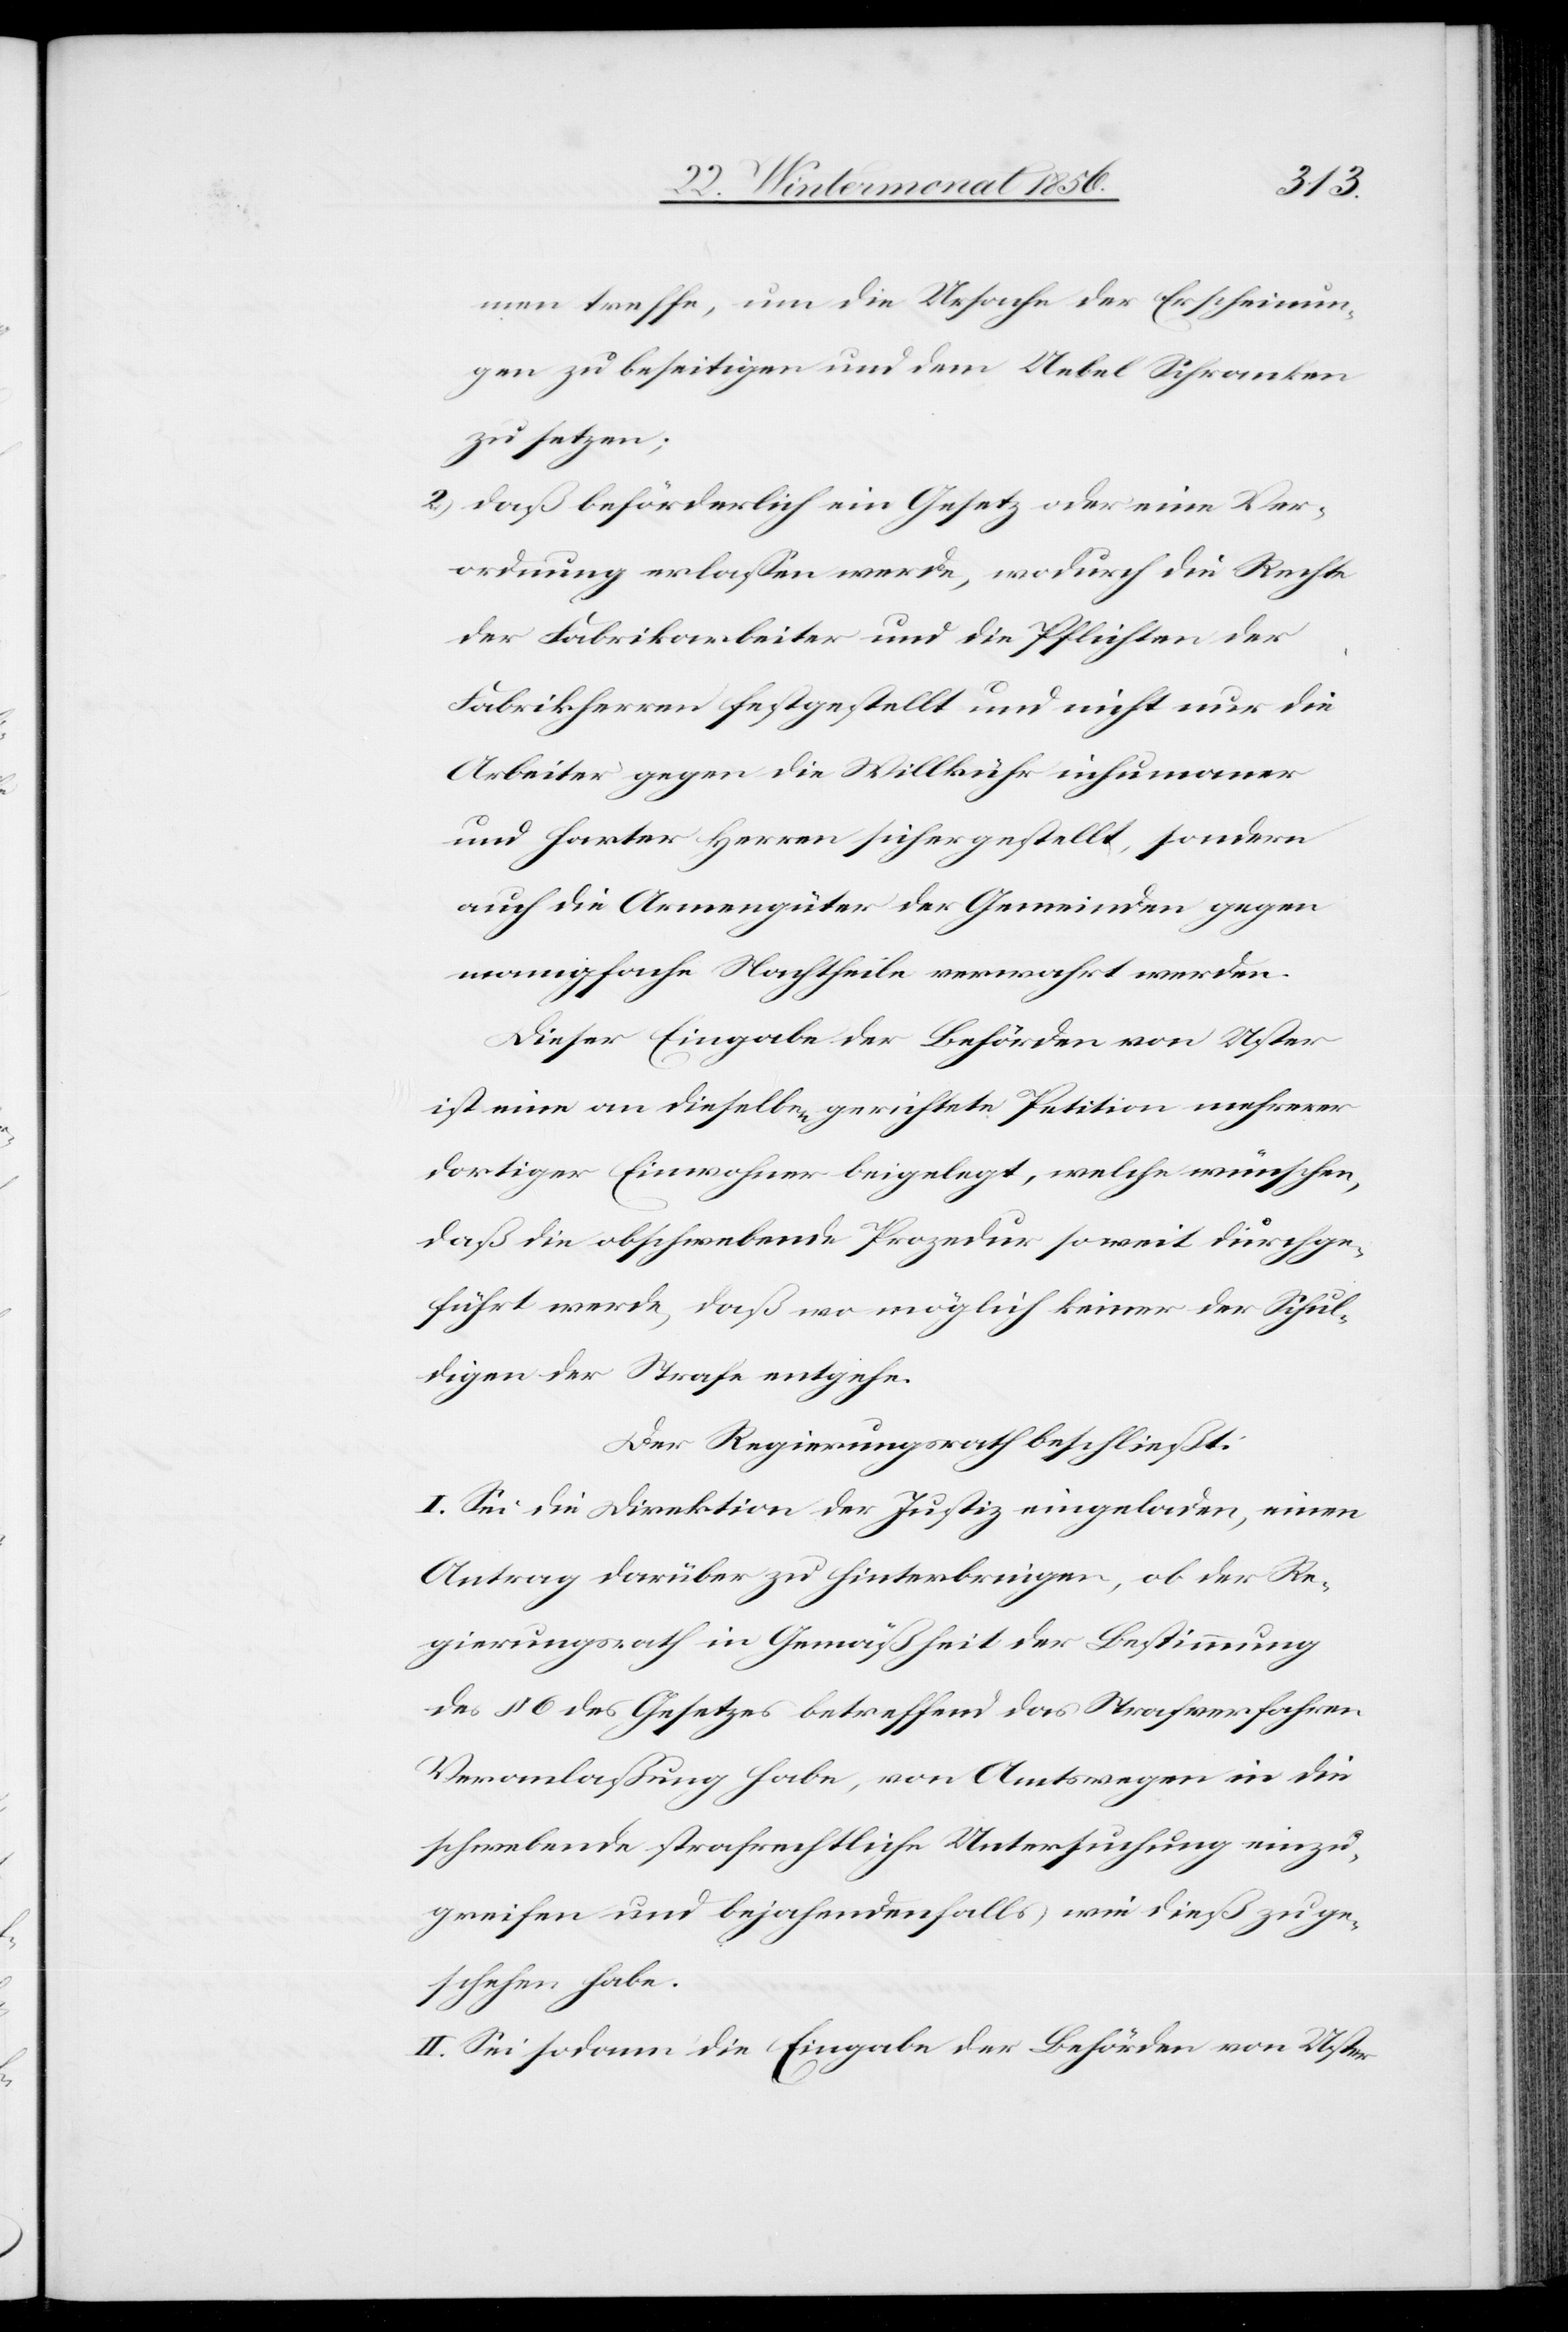
men treffe, um die Ursache der Erscheinun¬
gen zu beseitigen und dem Uebel Schranken
zu setzen;
2.) daß beförderlich ein Gesetz oder eine Ver¬
ordnung erlassen werde, wodurch die Rechte
der Fabrikarbeiter und die Pflichten der
Fabrikherren festgestellt und nicht nur die
Arbeiter gegen die Willkühr inhumaner
und harter Herren sichergestellt, sondern
auch die Armengüter der Gemeinden gegen
mannigfache Nachtheile verwahrt werden.
Dieser Eingabe der Behörden von Uster
ist eine an dieselben gerichtete Petition mehrerer
dortiger Einwohner beigelegt, welche wünschen,
daß die obschwebende Prozedur soweit durchge¬
führt werde, daß wo möglich keiner der Schul¬
digen der Strafe entgehe.
Der Regierungsrath beschließt:
I. Sei die Direktion der Justiz eingeladen, einen
Antrag darüber zu hinterbringen, ob der Re¬
gierungsrath in Gemäßheit der Bestimmung
des § 6 des Gesetzes betreffend das Strafverfahren
Veranlaßung habe, von Amtswegen in die
schwebende strafrechtliche Untersuchung einzu¬
greifen und bejahenden falls wie dieß zu ge¬
schehen habe.
II. Sei sodann die Eingabe der Behörden von Uster